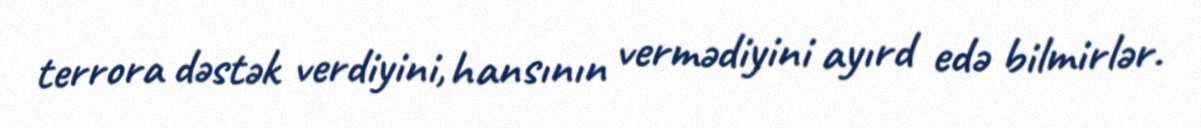
terrora dəstək verdiyini, hansının vermədiyini ayırd edə bilmirlər.